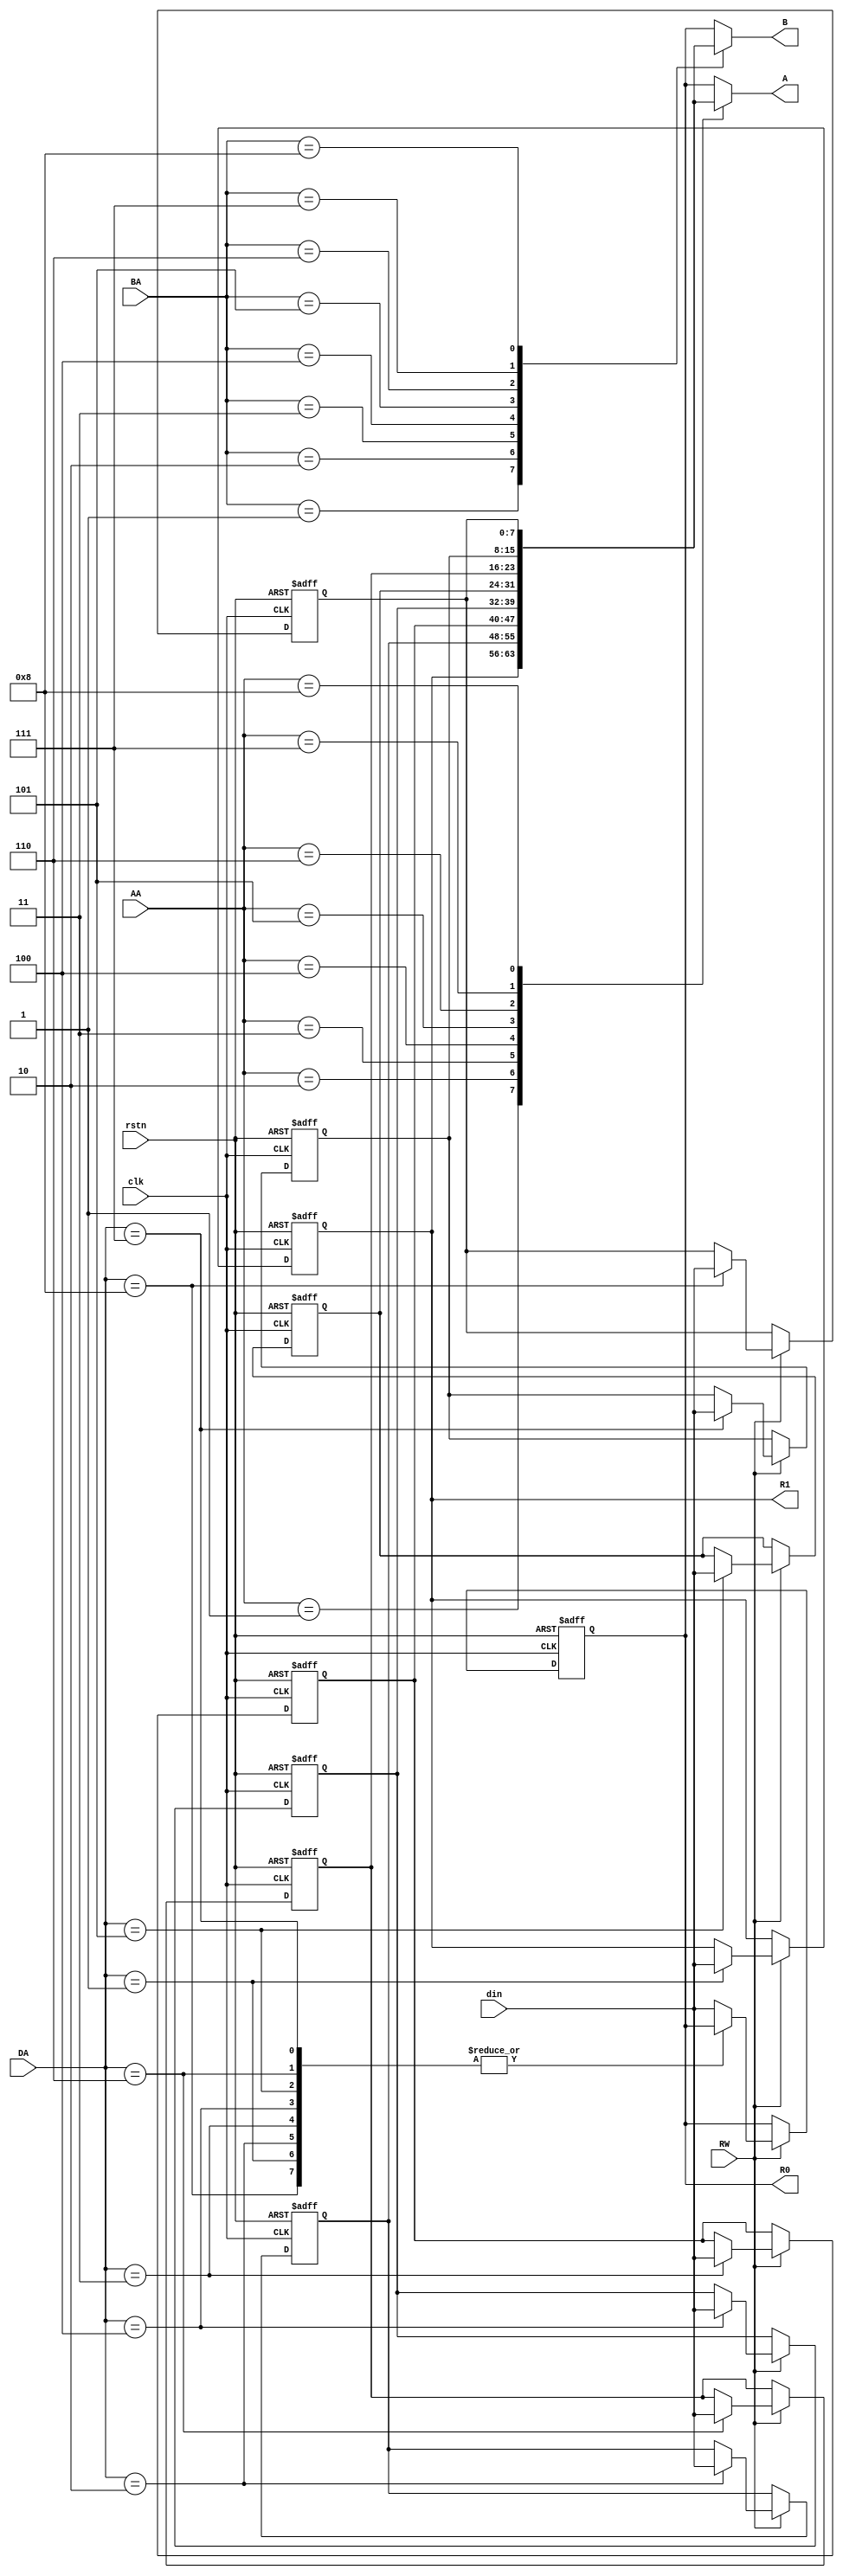
module rfile(clk, rstn, DA, AA, BA, din, RW, A,B,R0,R1);
parameter bw=8;
input  RW, clk,rstn;
input wire[3:0]DA,AA,BA;
input wire [bw-1:0]din;
output reg [bw-1:0]A,B;
output reg[bw-1:0] R0,R1;
reg [bw-1:0] R2,R3,R4,R5,R6,R7,R8;

always@*
case(AA)
4'b0000: A=R0;
4'b0001: A=R1;
4'b0010: A=R2;
4'b0011: A=R3;
4'b0100: A=R4;
4'b0101: A=R5;
4'b0110: A=R6;
4'b0111: A=R7;
4'b1000: A=R8;
default: A=R0;
endcase


always@*
case(BA)
4'b0000: B=R0;
4'b0001: B=R1;
4'b0010: B=R2;
4'b0011: B=R3;
4'b0100: B=R4;
4'b0101: B=R5;
4'b0110: B=R6;
4'b0111: B=R7;
4'b1000: B=R8;
default: B=R0;
endcase

always@(negedge rstn or negedge clk)
begin
if(!rstn) begin 
 R0<={bw{1'b0}};
 R1<={bw{1'b0}};
 R2<={bw{1'b0}};
 R3<={bw{1'b0}};
 R4<={bw{1'b0}};
 R5<={bw{1'b0}};
 R6<={bw{1'b0}};
 R7<={bw{1'b0}};
 R8<={bw{1'b0}};
 end//R0~R8
else if(RW)
case(DA)
4'b0000: R0<=din;
4'b0001: R1<=din;
4'b0010: R2<=din;
4'b0011: R3<=din;
4'b0100: R4<=din;
4'b0101: R5<=din;
4'b0110: R6<=din;
4'b0111: R7<=din;
4'b1000: R8<=din;
default: R0<=din;
endcase



end



endmodule